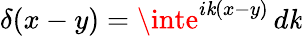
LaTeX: \delta(x-y)=\inte^{i\mathit{k}(x-y)}\, d\mathit{k}